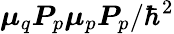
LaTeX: \boldsymbol{\mu}_{q}\boldsymbol{P}_{p}\boldsymbol{\mu}_{p}\boldsymbol{P}_{p}/\hbar^{2}